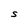
Character: S